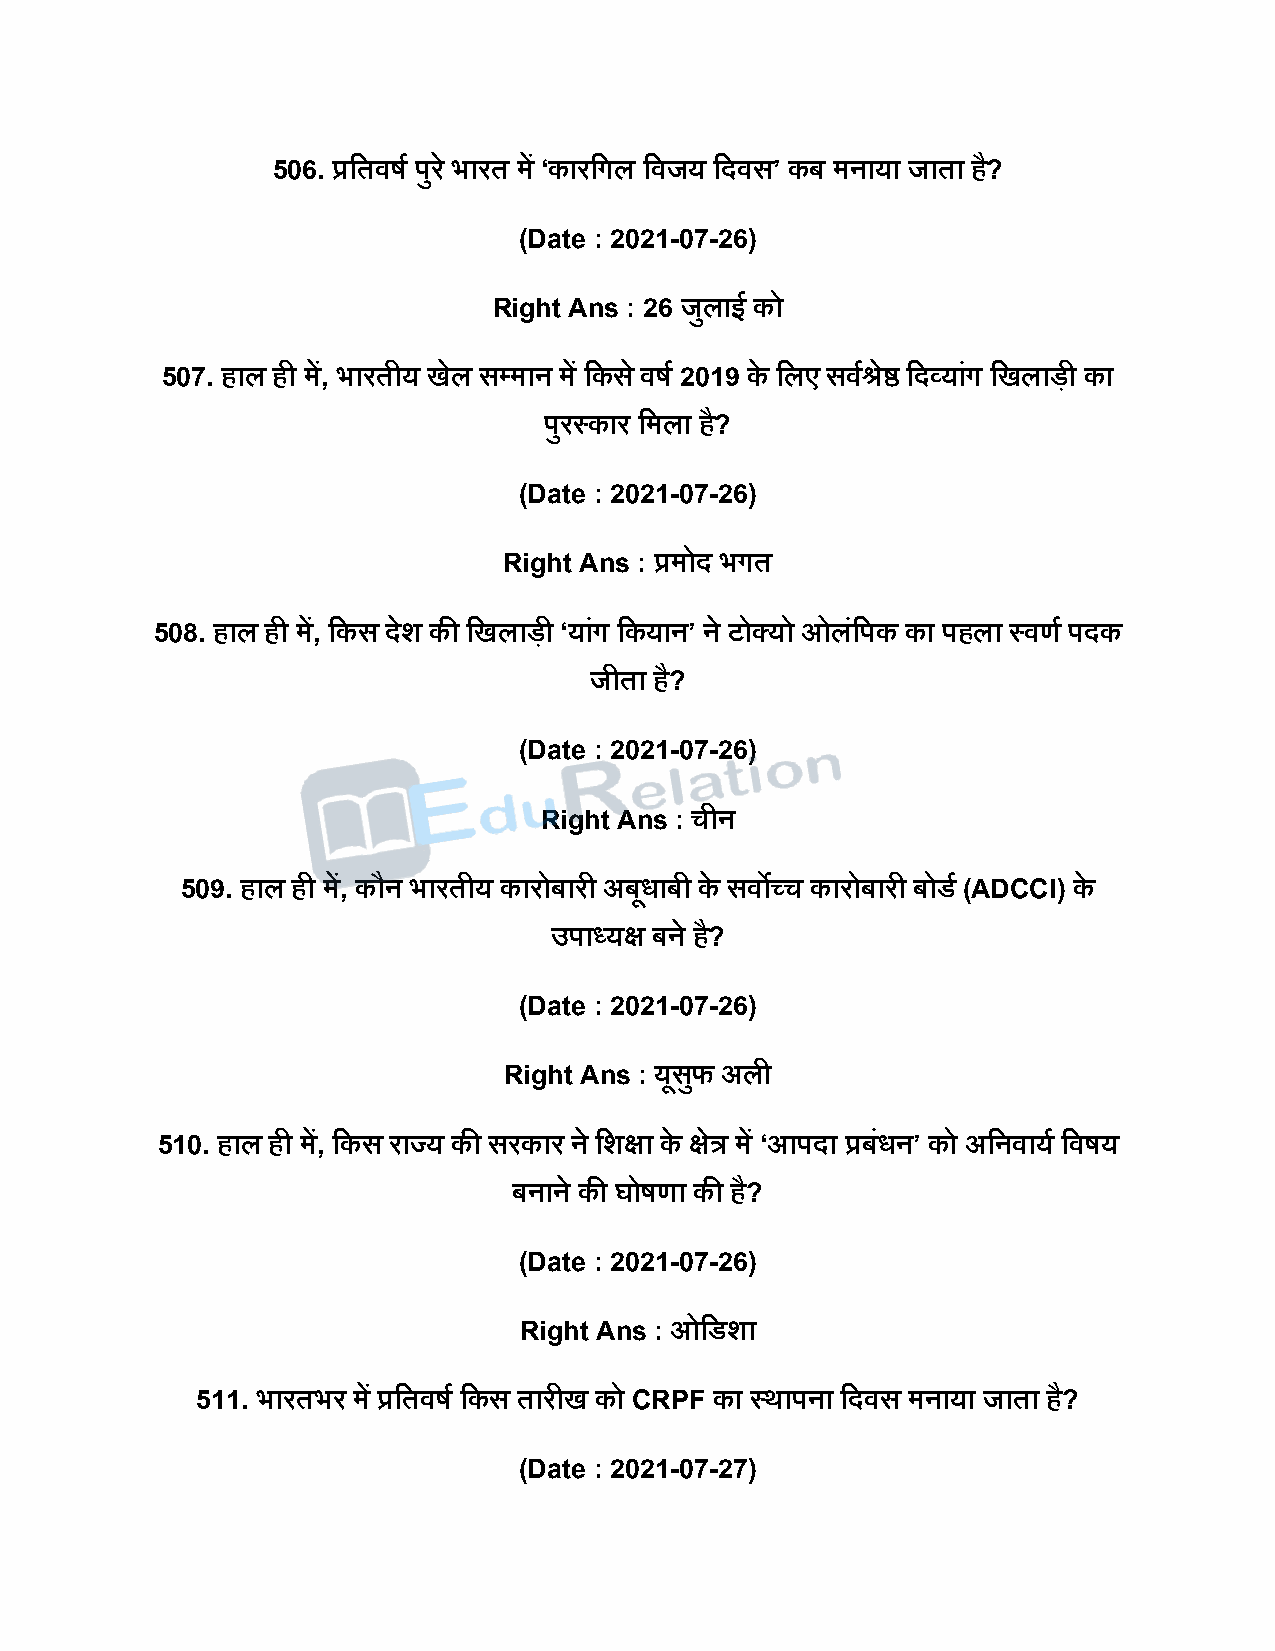
506. प्रदतवर्ष िुर े भारत में ‘कारदगल दवजय दिवस’ कब मनाया जाता ह?ै
 (Date : 2021-07-26)
 Right Ans : 26 जुलाई को
 507. हाल ही में, भारतीय खेल सपमान में दकस े वर्ष 2019 के दलए सवषश्रेष्ठ दिव्यांग दखलािी का
 िुरस्कार दमला है?
 (Date : 2021-07-26)
 Right Ans : प्रमोि भगत
 508. हाल ही में, दकस िेश की दखलािी ‘यांग दकयान’ ने टोक्यो ओलंदिक का िहला स्वणष ििक
 जीता है?
 (Date : 2021-07-26)
 Right Ans : चीन
 509. हाल ही में, कौन भारतीय कारोबारी अबूधाबी के सवोच्च कारोबारी बोडष (ADCCI) के
 उिाध्यक्ष बने है?
 (Date : 2021-07-26)
 Right Ans : यूसफु अली
 510. हाल ही में, दकस राज्य की सरकार ने दशक्षा के क्षेत्र में ‘आििा प्रबंधन’ को अदनवायष दवर्य
 बनाने की घोर्णा की है?
 (Date : 2021-07-26)
 Right Ans : ओदडशा
 511. भारतभर में प्रदतवर्ष दकस तारीख को CRPF का स्थािना दिवस मनाया जाता है?
 (Date : 2021-07-27)